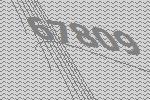
67809